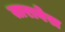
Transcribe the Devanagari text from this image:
तारावेस